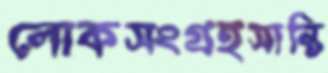
লোকসংগ্রহসান্তি